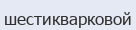
шестикварковой